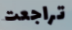
تراجعت